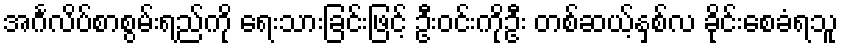
အင်္ဂလိပ်စာစွမ်းရည်ကို ရေးသားခြင်းဖြင့် ဦးဝင်းကိုဦး တစ်ဆယ့်နှစ်လ ခိုင်းစေခံရသူ